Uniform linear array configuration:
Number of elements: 4
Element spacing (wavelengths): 0.5
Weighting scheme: uniform
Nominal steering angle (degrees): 60
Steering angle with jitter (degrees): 60.777
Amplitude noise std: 0.05
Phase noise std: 0.05

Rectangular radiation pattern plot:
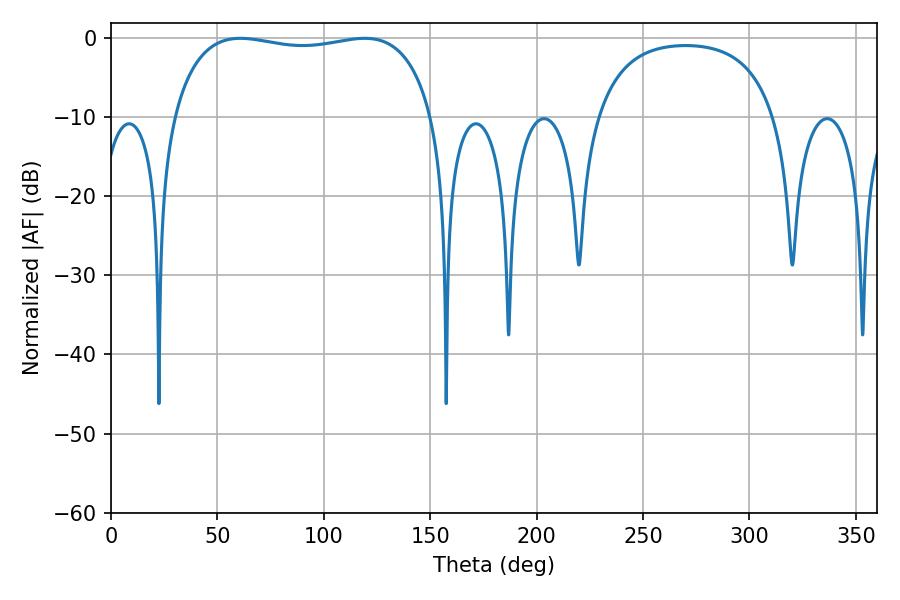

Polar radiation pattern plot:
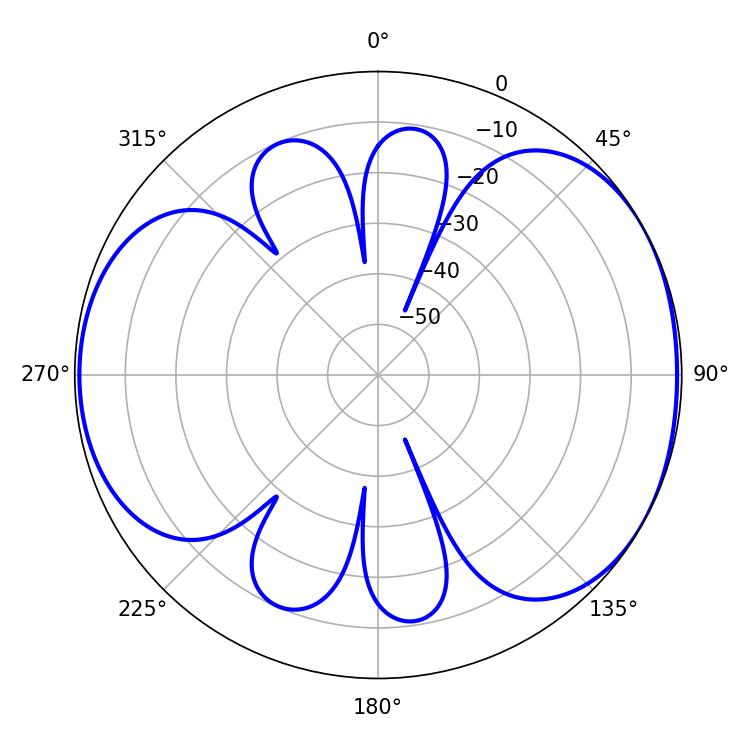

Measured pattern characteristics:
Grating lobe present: FALSE
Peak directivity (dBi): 5.016
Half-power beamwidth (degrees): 99
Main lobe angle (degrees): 60.84